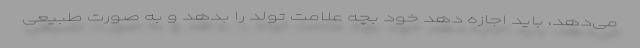
می‌دهد، باید اجازه دهد خود بچه علامت تولد را بدهد و به صورت طبیعی